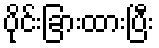
ပိုင်းခြားထားပြီး